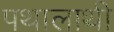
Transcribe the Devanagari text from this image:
पथालाथी